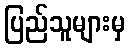
ပြည်သူများမှ